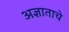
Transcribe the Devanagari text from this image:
अज्ञाताचे